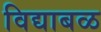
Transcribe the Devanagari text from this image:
विद्याबळ